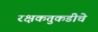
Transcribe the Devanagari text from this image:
रक्षकतुकडीचे